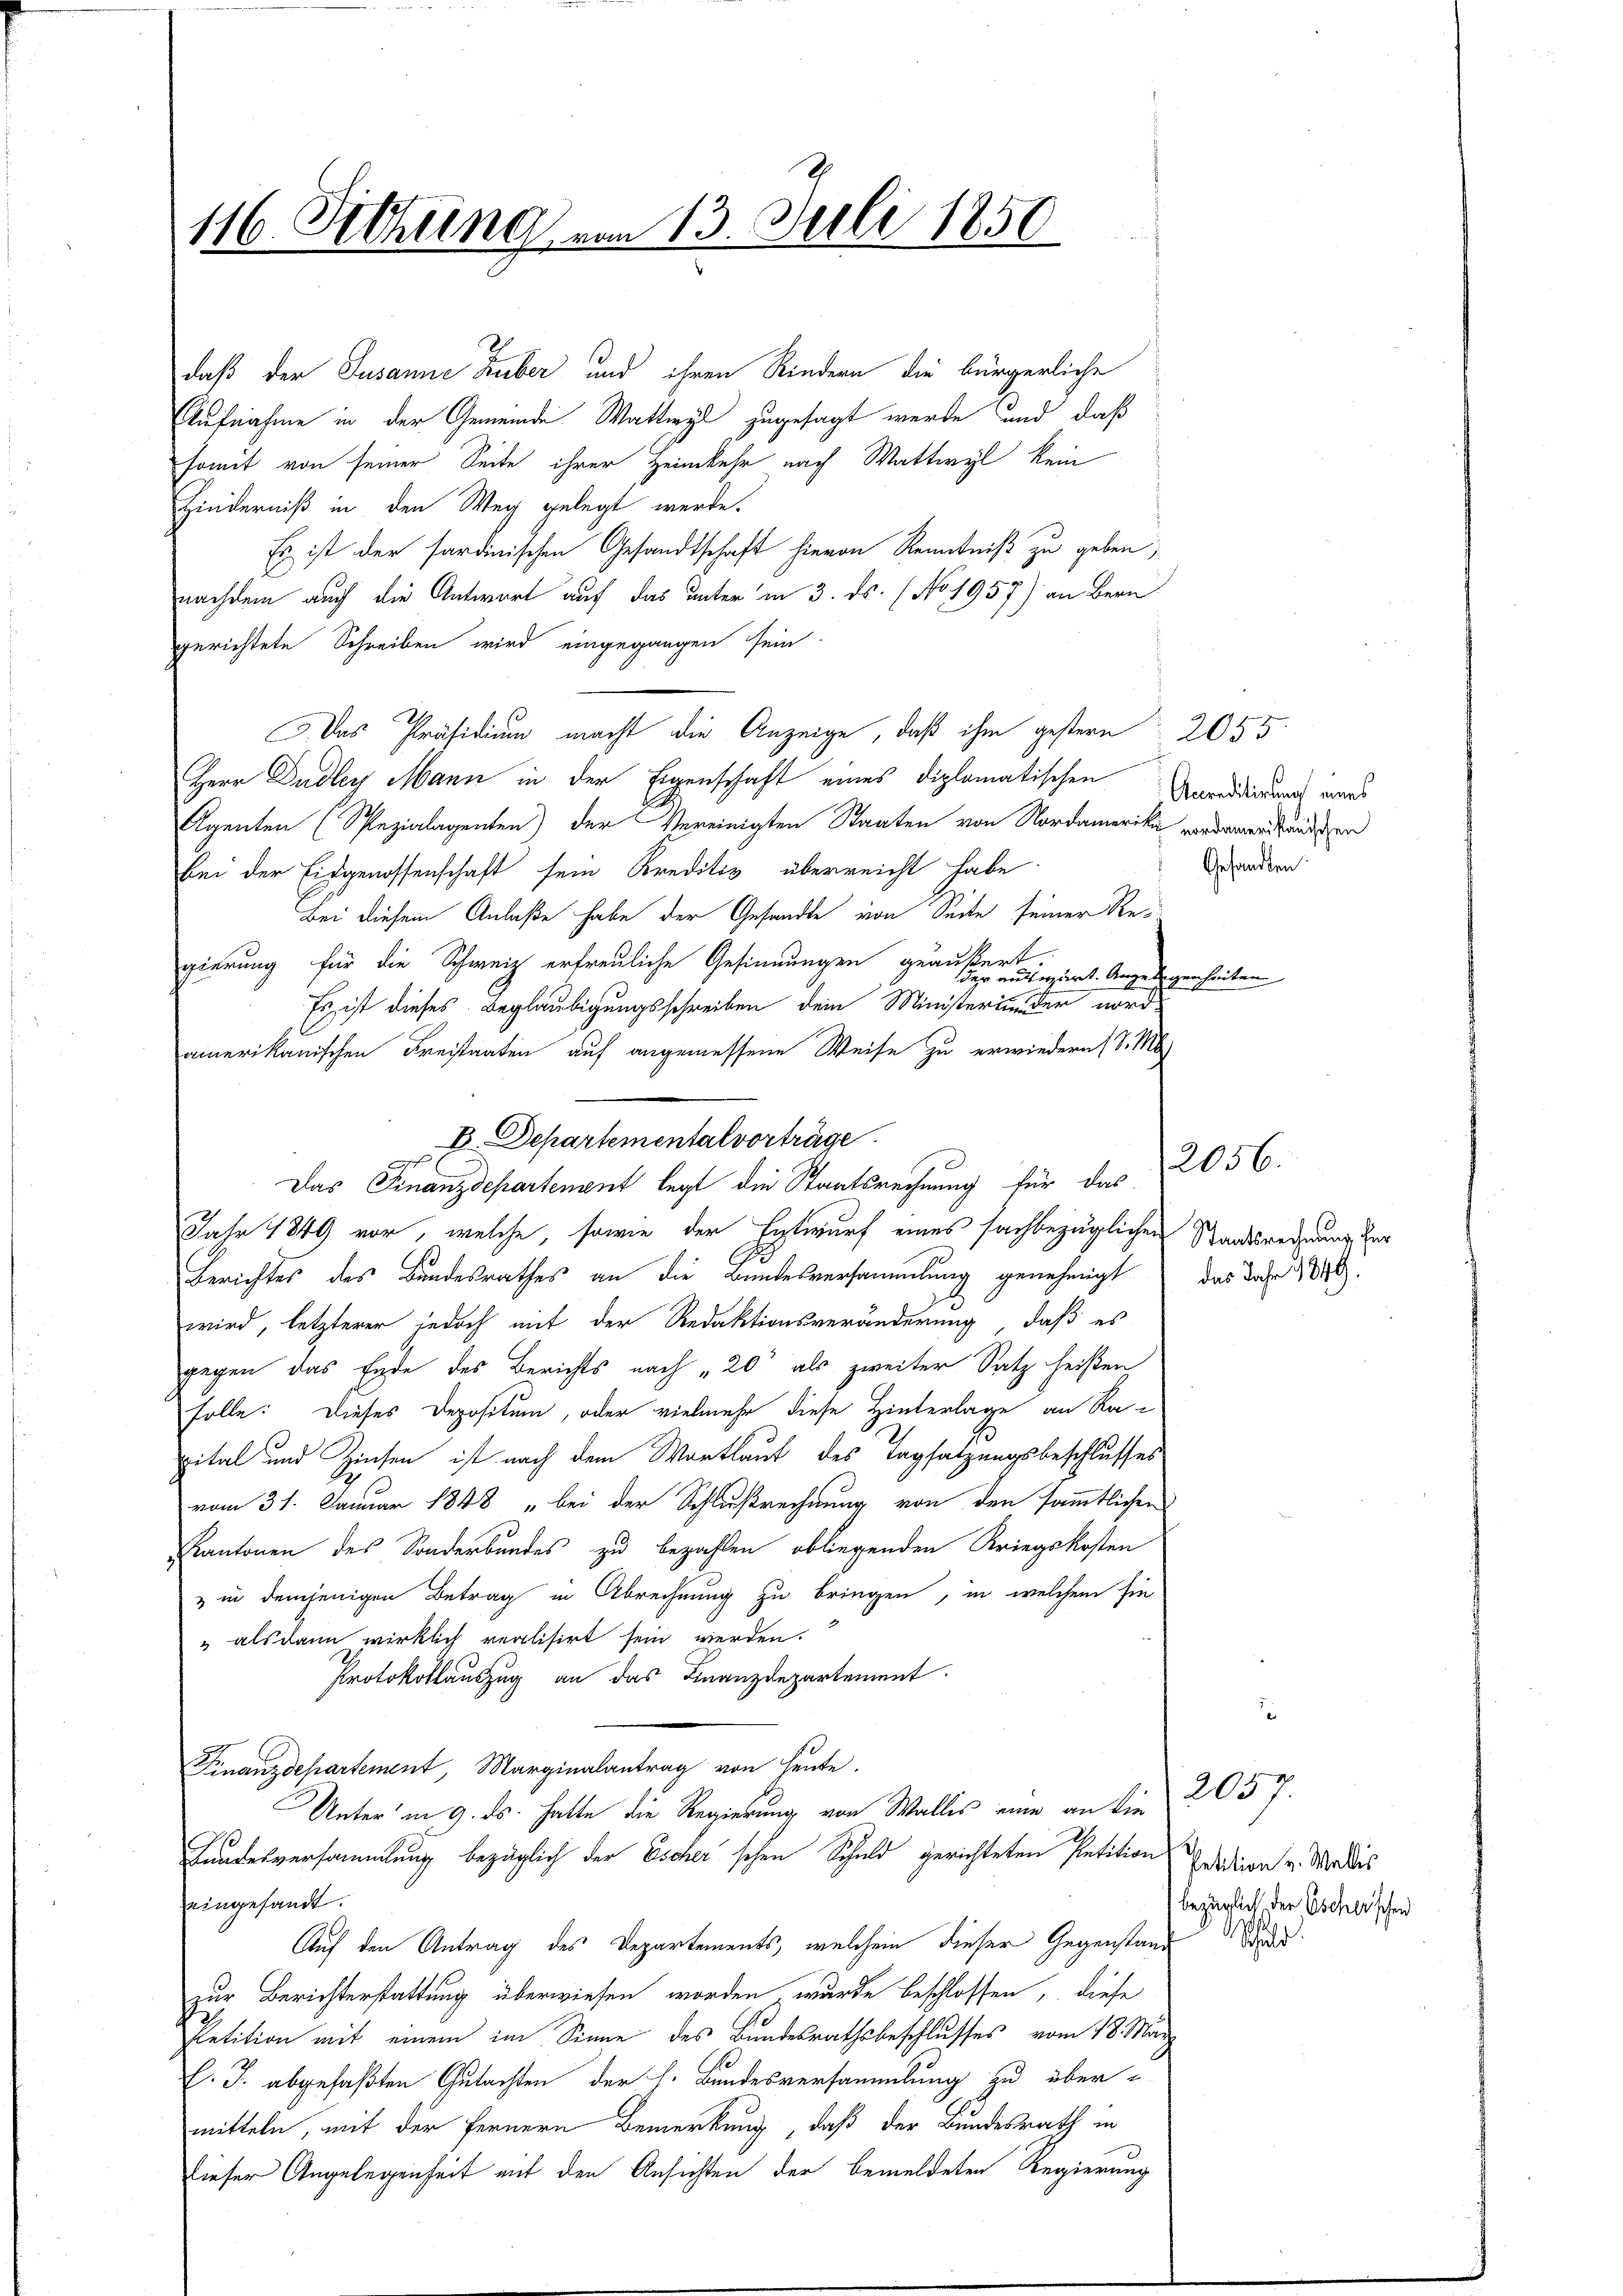
116. Setzung von 13. Juli 1850

daß der Susanne Huber und ihren Kindern die bürgerliche
Aufnahme in der Gemeinde Wattwyl zugesagt wurde und daß
somit von seiner Seite ihrer Heimkehr nach Wattwyl kein
Hinderniß in den Weg gelegt werde.
Es ist der sardinischen Gesandtschaft hievon Kenntniß zu geben,
nachdem auch die Antwort auf das unter in 3. ds. (No 1957) an Bern
gerichtete Schreiben wird eingegangen sein.
3. Das Präsidium macht die Anzeige, daß ihm gestern 2055
Herr Dudley Mann in der Eigenschaft eines diplomatischen Verdidierung wurd
Agenten (Spezialagenten) der Vereinigten Staaten von Nordamerika wiedereitendigen
bei der Eidgenossenschaft sein Kreditiv überreicht habe
Bei diesem Anlaße habe der Gesandte von Seite seiner Regierung für die Schweiz erfreuliche Gesinnungen geäußert.
der auswärt. Angelegenheiten
Es ist dieses Beglaubigungsschreiben dem Ministerin der nord-
amerikanischen Freistaaten auf angemessene Weise zu erwiedern, S. M
t
Das Finanzdepartenant legt die Staatsrechnung für das
Jahr 1849 vor, welche, sowie der Entwurf eines sachbezüglichen Staatsrednung der
Berichtes des Bundesrathes an die Bundesversammlung genehmigt das Jahr 1848.
wird, letzterer jedoch mit der Redaktionsveränderung, daß es
gegen das Ende des Berichts nach „20' als zweiter Satz heißen
solle: Dieses Depositum, oder vielmehr diese Hinterlage an Ra
pital und Zinsen ist nach dem Wortlaut des Tagsatzungsbeschlusses
vom 31. Januar 1848 „bei der Schlußrechnung von den sämmtlichen
Kantonen des Sonderbundes zu bezahlen obliegenden Kriegskosten
& in demjenigen Betrag in Abrechnung zu bringen, in welchem sie
" als dann wirklich verlisirt sein werden.
Protokollauszug an das Finanzdepartement.
Finanzdepartement, Marginalantrag von heute.
Unter in 9. ds. hatte die Regierung von Wallis eine an die
Gundesversammlung bezüglich der Escher schen Schuld gerichteten Petition Ersation v. Wallis
eingesandt.
Auf den Antrag des Departements, welchem dieser Gegenstand de
zur Berichterstattung überwiesen worden wurde beschlossen, diese
Petition mit einem im Sinne des Bundesrathsbeschlusses vom 18. März
E. J. abgefaßten Gutachten der h. Bundesversammlung zu übermitteln, mit der Fernern Bemerkung, daß der Bundesrath in
dieser Angelegenheit mit den Ansichten der bemeldeten Regierung

B. Departemental vorträge.
d

Gesandten.

2056.

2057.
bezüglich der Escherischen